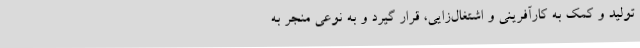
تولید و کمک به کارآفرینی و اشتغال‌زایی، قرار گیرد و به نوعی منجر به